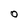
Character: O